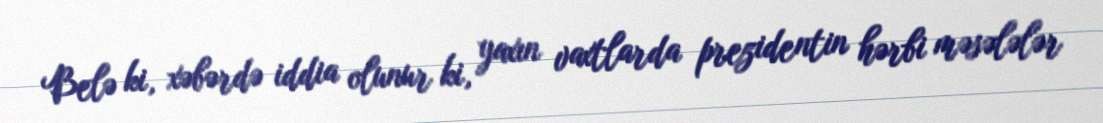
Belə ki, xəbərdə iddia olunur ki, yaxın vaxtlarda prezidentin hərbi məsələlər